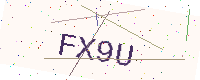
Text: FX9U